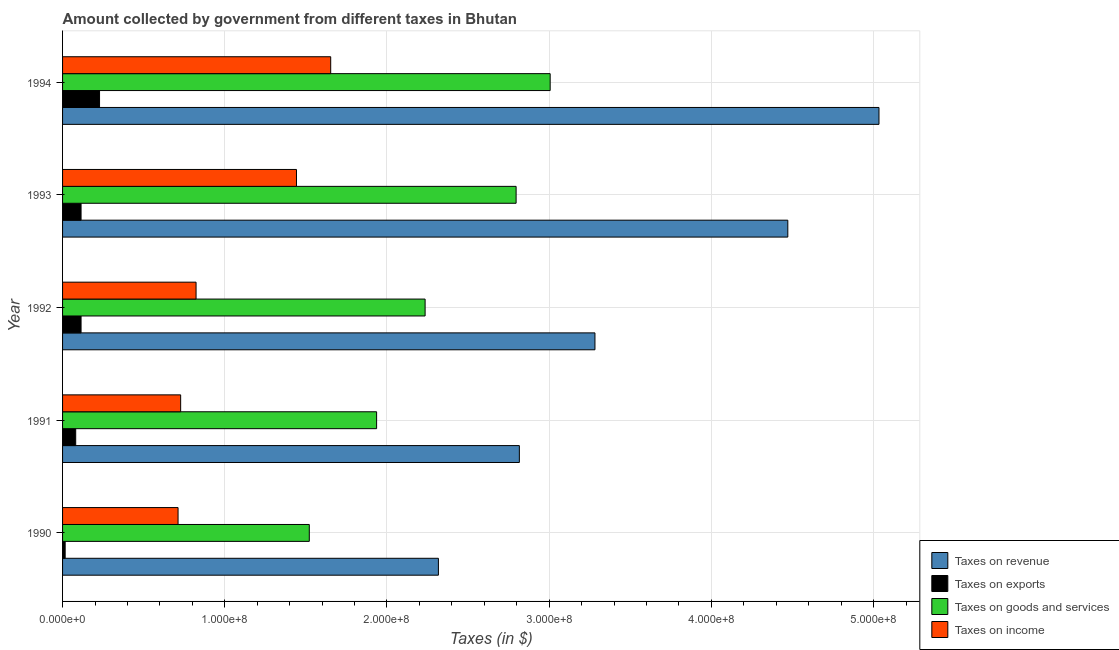
| Year | Taxes on revenue | Taxes on exports | Taxes on goods and services | Taxes on income |
 | --- | --- | --- | --- | --- |
 | 1990 | 2.32e+08 | 1.6e+06 | 1.52e+08 | 7.12e+07 |
 | 1991 | 2.82e+08 | 8.1e+06 | 1.94e+08 | 7.28e+07 |
 | 1992 | 3.28e+08 | 1.14e+07 | 2.24e+08 | 8.23e+07 |
 | 1993 | 4.47e+08 | 1.14e+07 | 2.8e+08 | 1.44e+08 |
 | 1994 | 5.03e+08 | 2.28e+07 | 3.01e+08 | 1.65e+08 |